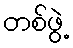
တစ်ဖွဲ့